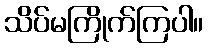
သိပ်မကြိုက်ကြပါ။